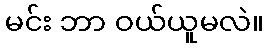
မင်း ဘာ ဝယ်ယူမလဲ။